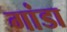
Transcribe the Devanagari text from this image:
गांडा